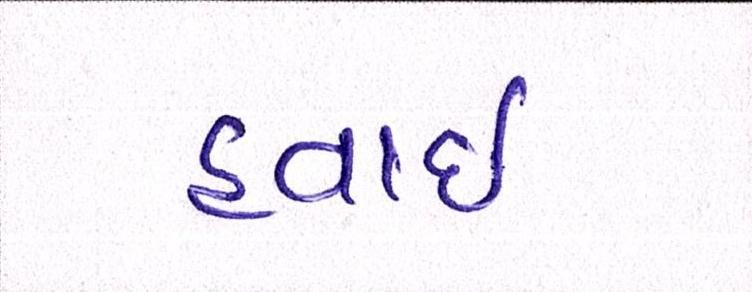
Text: હવાઇ